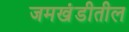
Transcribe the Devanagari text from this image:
जमखंडीतील